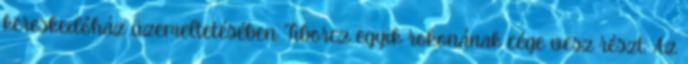
kereskedőház üzemeltetésében Tiborcz egyik rokonának cége vesz részt. Az